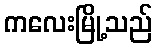
ကလေးမြို့သည်